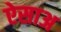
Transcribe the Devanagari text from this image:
ऐसाअ